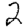
Digit: 2